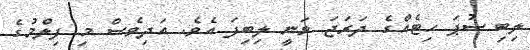
ލިބި ސުޕަ ހިޓެއްގެ ދަރަޖަ ވަނީ ލިބިފަ އެވެ. އަދިވެސް މި ފިލްމުގެ